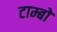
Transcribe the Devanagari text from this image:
टाम्बो